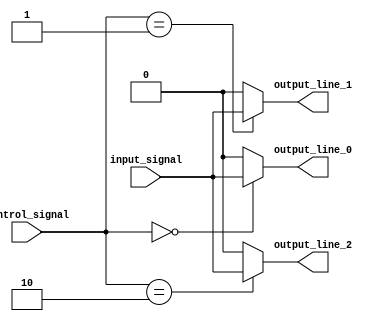
module demultiplexer (
    input input_signal,
    input [1:0] control_signal,
    output reg output_line_0,
    output reg output_line_1,
    output reg output_line_2
);

always @(*) begin
    case (control_signal)
        2'b00: begin
            output_line_0 = input_signal;
            output_line_1 = 1'b0;
            output_line_2 = 1'b0;
        end
        2'b01: begin
            output_line_0 = 1'b0;
            output_line_1 = input_signal;
            output_line_2 = 1'b0;
        end
        2'b10: begin
            output_line_0 = 1'b0;
            output_line_1 = 1'b0;
            output_line_2 = input_signal;
        end
        default: begin
            output_line_0 = 1'b0;
            output_line_1 = 1'b0;
            output_line_2 = 1'b0;
        end
    endcase
end

endmodule